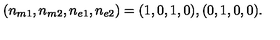
( n _ { m 1 } , n _ { m 2 } , n _ { e 1 } , n _ { e 2 } ) = ( 1 , 0 , 1 , 0 ) , ( 0 , 1 , 0 , 0 ) .